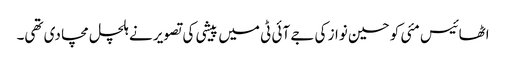
اٹھائیس مئی کو حسین نواز کی جے آئی ٹی میں پیشی کی تصویر نے ہلچل مچا دی تھی۔